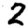
Digit: 2